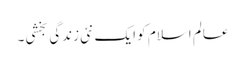
عالم اسلام کو ایک نئی زندگی بخشی۔